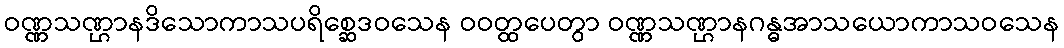
ဝဏ္ဏသဏ္ဌာနဒိသောကာသပရိစ္ဆေဒဝသေန ဝဝတ္ထပေတွာ ဝဏ္ဏသဏ္ဌာနဂန္ဓအာသယောကာသဝသေန